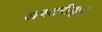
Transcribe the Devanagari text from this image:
अस्तरीकृत